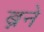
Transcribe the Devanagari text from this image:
ब्नने